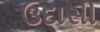
ઉદાસી